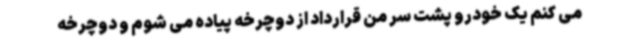
می کنم یک خودرو پشت سر من قرارداد از دوچرخه پیاده می شوم و دوچرخه